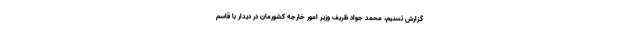
گزارش تسنیم، محمد جواد ظریف وزیر امور خارجه کشورمان در دیدار با قاسم